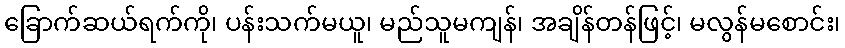
ခြောက်ဆယ်ရက်ကို၊ ပန်းသက်မယူ၊ မည်သူမကျန်၊ အချိန်တန်ဖြင့်၊ မလွန်မစောင်း၊